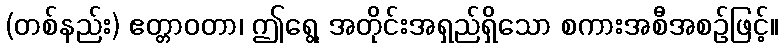
(တစ်နည်း) ဧတ္တာဝတာ၊ ဤရွေ့ အတိုင်းအရှည်ရှိသော စကားအစီအစဉ်ဖြင့်။